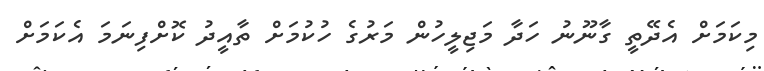
މިކަމަށް އެދޭތީ ގާނޫނު ހަދާ މަޖިލީހުން މަރުގެ ހުކުމަށް ތާއީދު ކޮށްފިނަމަ އެކަމަށް